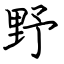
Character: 野